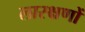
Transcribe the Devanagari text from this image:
लास्क्षणों